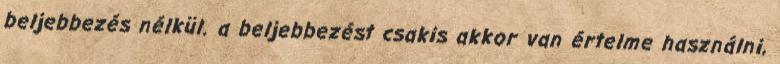
beljebbezés nélkül. a beljebbezést csakis akkor van értelme használni,